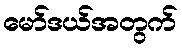
မော်ဒယ်အတွက်